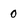
Character: 0